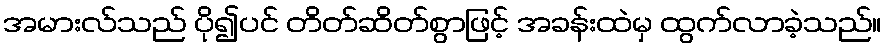
အမားလ်သည် ပို၍ပင် တိတ်ဆိတ်စွာဖြင့် အခန်းထဲမှ ထွက်လာခဲ့သည်။